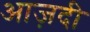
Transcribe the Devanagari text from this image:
आज़दी